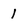
Character: 1